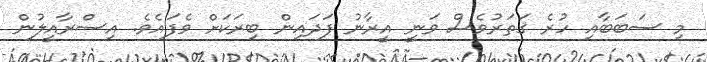
މި ސަބަބާއި ހުރެ ޤަތަރުވެސް ވަނީ އީރާނު ފަދައިން ބިރަކަށް ވެފައެވެ. އިސްރާއީލުން